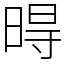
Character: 𣈜